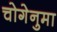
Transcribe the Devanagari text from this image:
चोगेनुमा